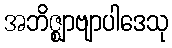
အဘိဇ္ဈာဗျာပါဒေသု